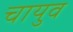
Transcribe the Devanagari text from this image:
चायुव